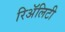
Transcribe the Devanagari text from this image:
रिअॅलिटी